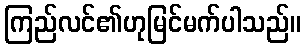
ကြည်လင်၏ဟုမြင်မက်ပါသည်။